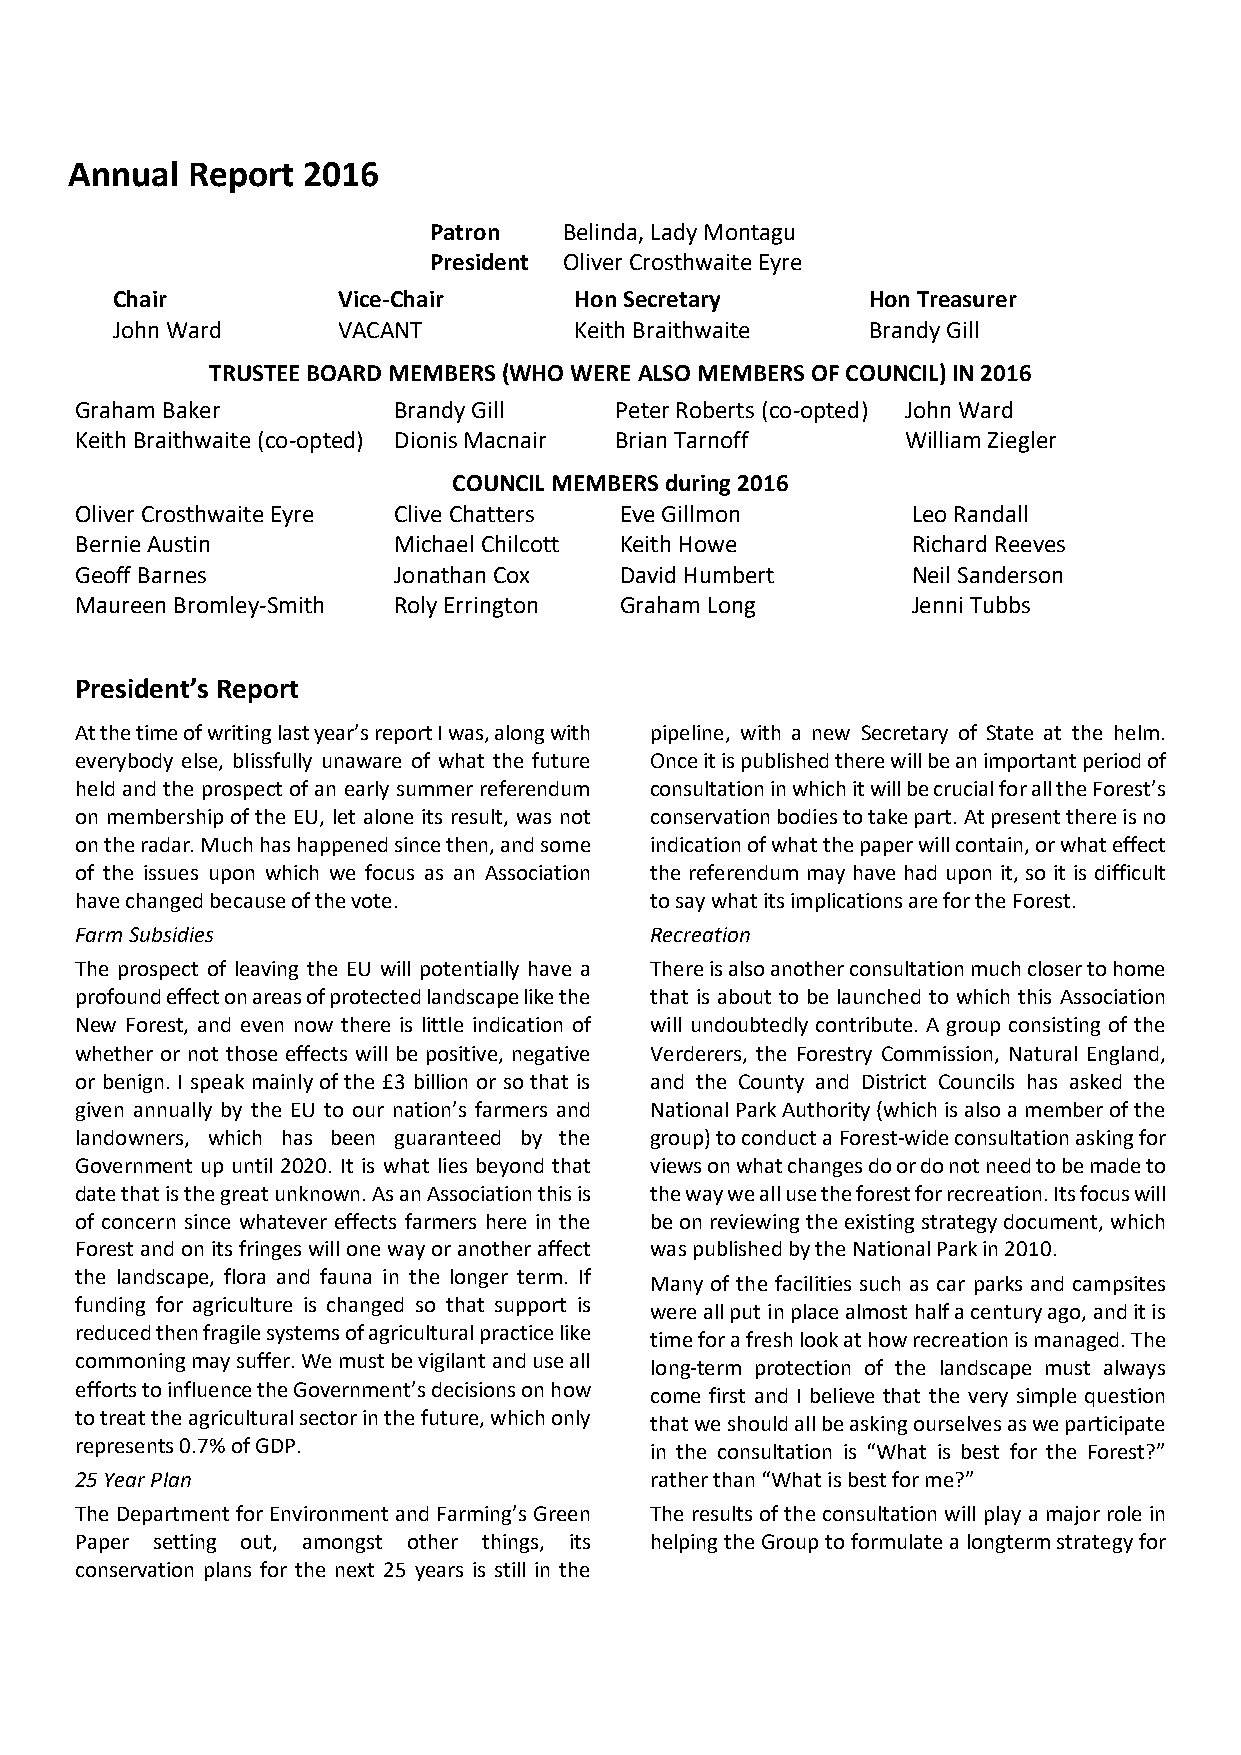
Annual Report  2016
 Patron   Belinda, Lady Montagu
 President Oliver Crosthwaite Eyre
 Chair          Vice-Chair      Hon Secretary      Hon Treasurer
 John Ward      VACANT          Keith Braithwaite  Brandy Gill
 TRUSTEE BOARD MEMBERS (WHO WERE ALSO MEMBERS OF COUNCIL) IN 2016
 Graham Baker         Brandy Gill    Peter Roberts (co-opted) John Ward
 Keith Braithwaite (co-opted) Dionis Macnair Brian Tarnoff William Ziegler
 COUNCIL MEMBERS during 2016
 Oliver Crosthwaite Eyre Clive Chatters Eve Gillmon     Leo Randall
 Bernie Austin        Michael Chilcott Keith Howe       Richard Reeves
 Geoff Barnes         Jonathan Cox   David Humbert      Neil Sanderson
 Maureen Bromley-Smith Roly Errington Graham Long       Jenni Tubbs
 President’s Report
 At the time of writing last year’s report I was, along with pipeline, with a new Secretary of State at the helm.
 everybody else, blissfully unaware of what the future Once it is published there will be an important period of
 held and the prospect of an early summer referendum consultation in which it will be crucial for all the Forest’s
 on membership of the EU, let alone its result, was not conservation bodies to take part. At present there is no
 on the radar. Much has happened since then, and some indication of what the paper will contain, or what effect
 of the issues upon which we focus as an Association the referendum may have had upon it, so it is difficult
 have changed because of the vote.     to say what its implications are for the Forest.
 Farm Subsidies                        Recreation
 The prospect of leaving the EU will potentially have a There is also another consultation much closer to home
 profound effect on areas of protected landscape like the that is about to be launched to which this Association
 New Forest, and even now there is little indication of will undoubtedly contribute. A group consisting of the
 whether or not those effects will be positive, negative Verderers, the Forestry Commission, Natural England,
 or benign. I speak mainly of the £3 billion or so that is and the County and District Councils has asked the
 given annually by the EU to our nation’s farmers and National Park Authority (which is also a member of the
 landowners, which has been guaranteed by the group) to conduct a Forest-wide consultation asking for
 Government up until 2020. It is what lies beyond that views on what changes do or do not need to be made to
 date that is the great unknown. As an Association this is the way we all use the forest for recreation. Its focus will
 of concern since whatever effects farmers here in the be on reviewing the existing strategy document, which
 Forest and on its fringes will one way or another affect was published by the National Park in 2010.
 the landscape, flora and fauna in the longer term. If Many of the facilities such as car parks and campsites
 funding for agriculture is changed so that support is were all put in place almost half a century ago, and it is
 reduced then fragile systems of agricultural practice like time for a fresh look at how recreation is managed. The
 commoning may suffer. We must be vigilant and use all long-term protection of the landscape must always
 efforts to influence the Government’s decisions on how come first and I believe that the very simple question
 to treat the agricultural sector in the future, which only that we should all be asking ourselves as we participate
 represents 0.7% of GDP.               in the consultation is “What is best for the Forest?”
 25 Year Plan                          rather than “What is best for me?”
 The Department for Environment and Farming’s Green The results of the consultation will play a major role in
 Paper setting out, amongst other things, its helping the Group to formulate a longterm strategy for
 conservation plans for the next 25 years is still in the